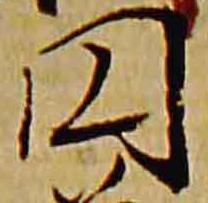
円